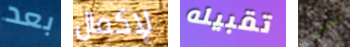
بعد لإكمال تقبيله المطهر